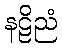
နဠိညံ